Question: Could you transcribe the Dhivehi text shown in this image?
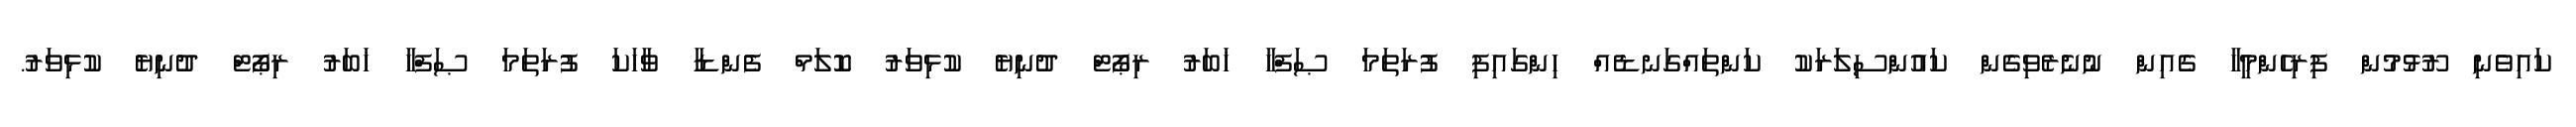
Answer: ކައިވެނި ރޫޅުމުން ފިރިހެންމީހާ ގެއިން ނުނެރެވިގެން ކައުންސިލަރަކު ކަންތައްގަނޑެއް ހިންގައިފި ފުރަތަމަ ޞަފްހާ ޚަބަރު ރިޕޯޓް ދުނިޔެ ކުޅިވަރު ކޮލަމް ފެންޑާ ވާހަކަ ފުރަތަމަ ޞަފްހާ ޚަބަރު ރިޕޯޓް ދުނިޔެ ކުޅިވަރު.